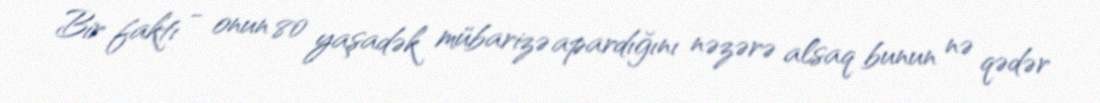
Bir faktı - onun 80 yaşadək mübarizə apardığını nəzərə alsaq bunun nə qədər